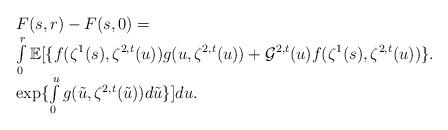
LaTeX: \begin{align*}\begin{array}{llr}F(s,r)-F(s,0)=\\\int\limits_0^r \mathbb{E}[\{f(\zeta^1(s),\zeta^{2,t}(u))g(u,\zeta^{2,t}(u))+\mathcal{G}^{2,t}(u)f(\zeta^1(s),\zeta^{2,t}(u))\}.\\\exp\{\int\limits_0^u g(\tilde{u},\zeta^{2,t}(\tilde{u}))d\tilde{u}\}]du.\end{array}\end{align*}